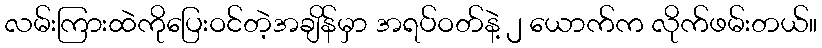
လမ်းကြားထဲကိုပြေးဝင်တဲ့အချိန်မှာ အရပ်ဝတ်နဲ့ ၂ ယောက်က လိုက်ဖမ်းတယ်။